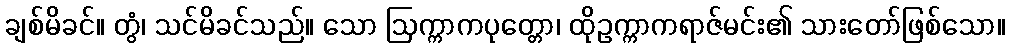
ချစ်မိခင်။ တွံ၊ သင်မိခင်သည်။ သော ဩက္ကာကပုတ္တော၊ ထိုဥက္ကာကရာဇ်မင်း၏ သားတော်ဖြစ်သော။